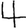
Digit: 4